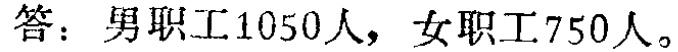
答：男职工1050人，女职工750人。